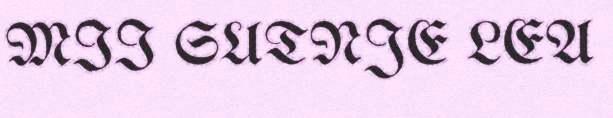
MII SUTNJE LEA